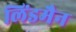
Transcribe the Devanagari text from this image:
लिंडमैन